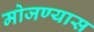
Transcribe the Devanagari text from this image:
मोजण्यास